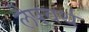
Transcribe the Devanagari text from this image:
लैपवर्थ